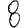
Digit: 8